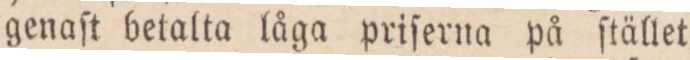
genaſt betalta låga priſerna på ſtället